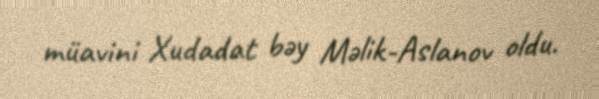
müavini Xudadat bəy Məlik-Aslanov oldu.